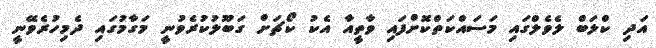
އަދި ކްލަބް ލެވެލްގައި މަސައްކަތްކޮށްފައި ވާތީއާ އެކު ކޯޗަށް ގަބޫލުކުރެވުނީ މަގާމުގައި ދެމިހުރެވޭނީ